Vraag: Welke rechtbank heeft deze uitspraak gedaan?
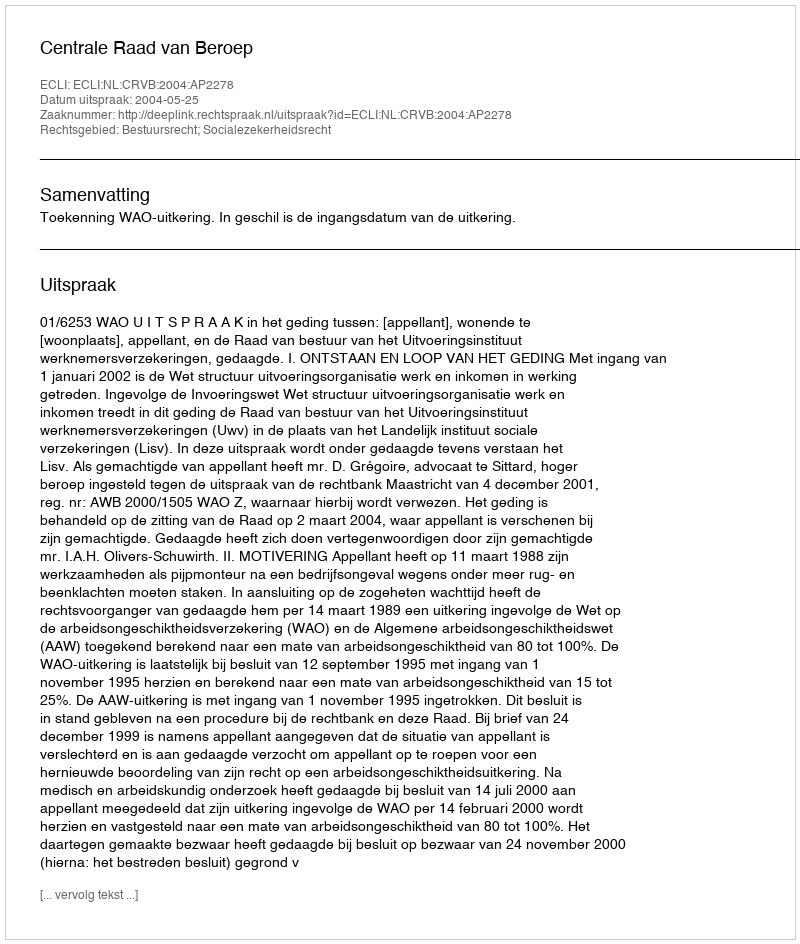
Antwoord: Centrale Raad van Beroep